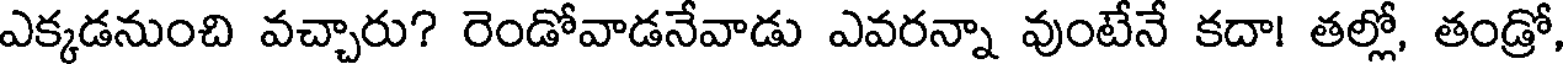
ఎక్కడనుంచి వచ్చారు? రెండోవాడనేవాడు ఎవరన్నా వుంటేనే కదా! తల్లో, తండ్రో